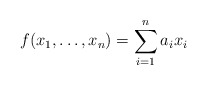
\begin{align*} f(x_{1},\ldots,x_{n})= \sum_{i=1}^{n}a_{i}x_{i}\end{align*}